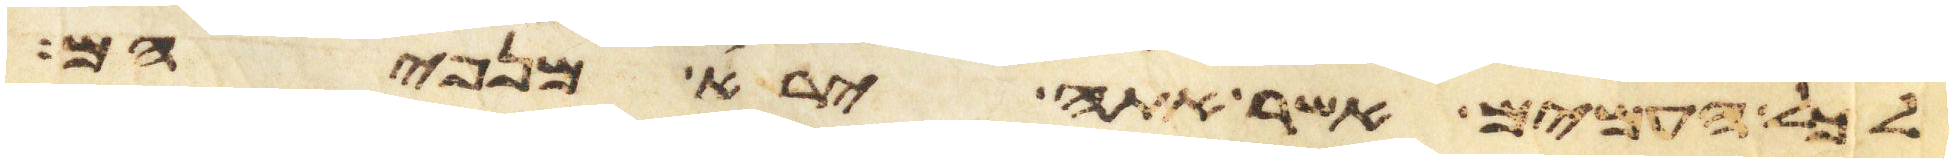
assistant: לכל העמים אשר אתה ירא מפניהם